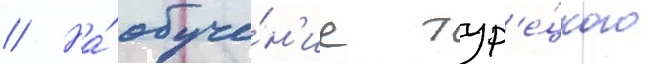
// На́ обуче́н'ие тур'е́цкого